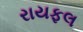
રાયફલ